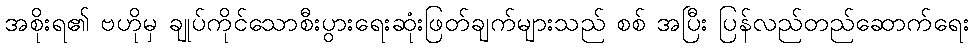
အစိုးရ၏ ဗဟိုမှ ချုပ်ကိုင်သောစီးပွားရေးဆုံးဖြတ်ချက်များသည် စစ် အပြီး ပြန်လည်တည်ဆောက်ရေး